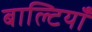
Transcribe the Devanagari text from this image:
बाल्टियाँ